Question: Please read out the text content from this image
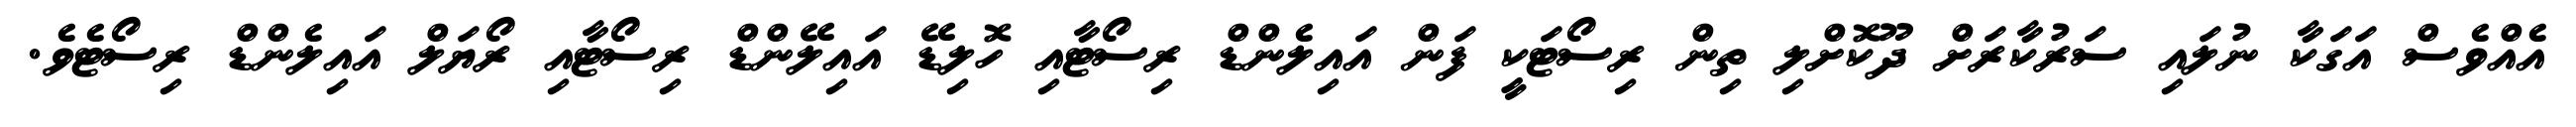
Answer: އެއްވެސް އަގަކާ ނުލައި ސަރުކާރަށް ދޫކޮށްލި ތިން ރިސޯޓަކީ ފަން އައިލެންޑް ރިސޯޓާއި ހޮލިޑޭ އައިލޭންޑް ރިސޯޓާއި ރޯޔަލް އައިލެންޑް ރިސޯޓެވެ.